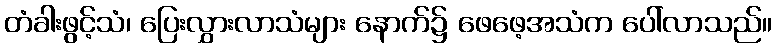
တံခါးဖွင့်သံ၊ ပြေးလွှားလာသံများ နောက်၌ ဖေဖေ့အသံက ပေါ်လာသည်။